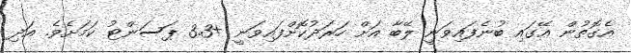
އެގޮތުން އޭގައި ބުނެފައިވަނީ ލޭބާ އަށް ހަރަދުކޮށްފައިވަނީ +3.3 ޕަސަންޓު ކަމަށެެވެ. އަދި